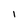
Character: 1